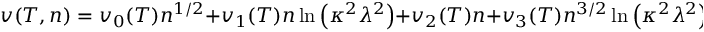
v ( T , n ) = v _ { 0 } ( T ) n ^ { 1 / 2 } + v _ { 1 } ( T ) n \ln \left( \kappa ^ { 2 } \lambda ^ { 2 } \right) + v _ { 2 } ( T ) n + v _ { 3 } ( T ) n ^ { 3 / 2 } \ln \left( \kappa ^ { 2 } \lambda ^ { 2 } \right) + v _ { 4 } ( T ) n ^ { 3 / 2 } + { \cal O } ( n ^ { 2 } \ln ( n ) ) .